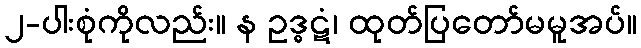
၂-ပါးစုံကိုလည်း။ န ဥဒ္ဓဋံ၊ ထုတ်ပြတော်မမူအပ်။